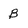
Character: B